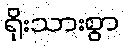
ရိုးသားစွာ